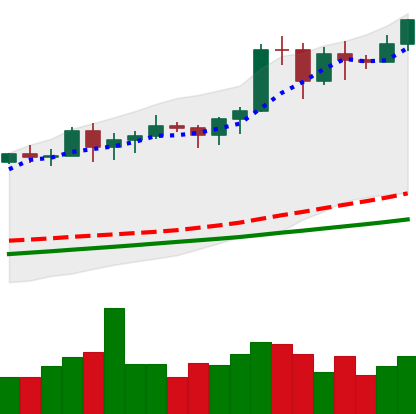
Ticker: BTC-USD
Chart end date: 2020-11-12
Forward return: 8.411%
Label: up_7plus